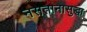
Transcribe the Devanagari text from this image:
नसतानासुद्धा